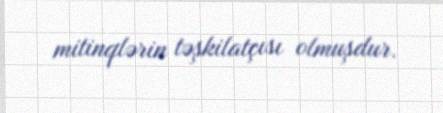
mitinqlərin təşkilatçısı olmuşdur.